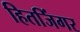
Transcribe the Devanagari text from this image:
हितजिंगर